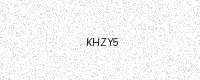
Text: KHZY5